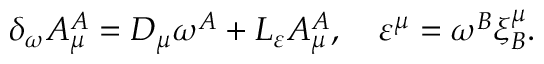
\delta _ { \omega } A _ { \mu } ^ { A } = D _ { \mu } \omega ^ { A } + { \cal L } _ { \varepsilon } A _ { \mu } ^ { A } , \quad \varepsilon ^ { \mu } = \omega ^ { B } \xi _ { B } ^ { \mu } .